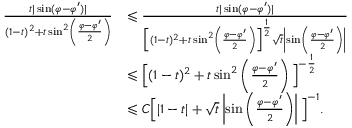
\begin{array} { r l } { \frac { t | \sin ( \varphi - \varphi ^ { \prime } ) | } { ( 1 - t ) ^ { 2 } + t \sin ^ { 2 } \left( \frac { \varphi - \varphi ^ { \prime } } { 2 } \right) } } & { \leqslant \frac { t | \sin ( \varphi - \varphi ^ { \prime } ) | } { \Big [ ( 1 - t ) ^ { 2 } + t \sin ^ { 2 } \left( \frac { \varphi - \varphi ^ { \prime } } { 2 } \right) \Big ] ^ { \frac { 1 } { 2 } } \sqrt { t } \left| \sin \left( \frac { \varphi - \varphi ^ { \prime } } { 2 } \right) \right| } } \\ & { \leqslant \Big [ ( 1 - t ) ^ { 2 } + t \sin ^ { 2 } \left( \frac { \varphi - \varphi ^ { \prime } } { 2 } \right) \Big ] ^ { - \frac { 1 } { 2 } } } \\ & { \leqslant C \Big [ | 1 - t | + \sqrt { t } \left| \sin \left( \frac { \varphi - \varphi ^ { \prime } } { 2 } \right) \right| \Big ] ^ { - 1 } . } \end{array}